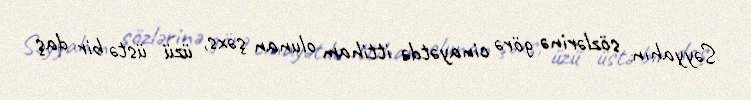
Səyyahın sözlərinə görə cinayətdə ittiham olunan şəxs, üzü üstə bir daş